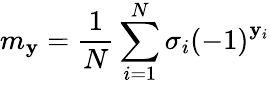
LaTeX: {{m}_{\mathbf{y}}}=\frac{{1}}{{N}}\sum_{i=1}^{N}{{{\sigma}_{i}}}{{(-1)}^{{{\mathbf{y}}_{i}}}}